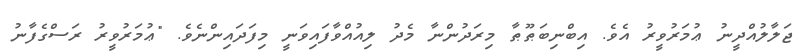
ޖަލާލުއްދީނު ޢުމަރުވީރު އެވެ. އިބްނިބަޠޫޠާ މިރަދުންނާ މެދު ލިއުއްވާފައިވަނީ މިފަދައިންނެވެ. "ޢުމަރުވީރު ރަސްގެފާނު